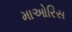
માઓરિસ